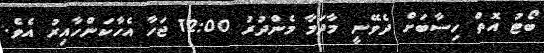
ބޯޓު އޮތް ހިސާބަށް ދެވޭނީ މާދަމާ މެންދުރު 12:00 ޖަހާ އެހާކަންހާއިރު އެވެ.